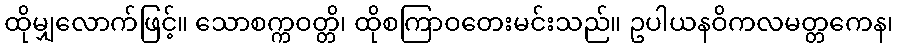
ထိုမျှလောက်ဖြင့်။ သောစက္ကဝတ္တိ၊ ထိုစကြာဝတေးမင်းသည်။ ဥပါယနဝိကလမတ္တကေန၊